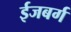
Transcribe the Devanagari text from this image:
ईजबर्ग